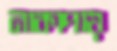
নাকাপায়